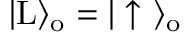
| \mathrm { L } \rangle _ { \mathrm { o } } = | \uparrow \ \rangle _ { \mathrm { o } }